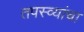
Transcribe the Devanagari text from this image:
तपस्व्यांचा